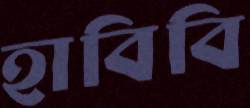
হাবিবি